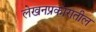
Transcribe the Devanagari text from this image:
लेखनप्रकारातील